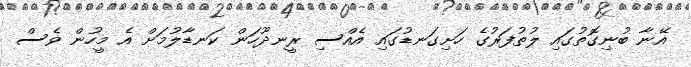
އޭނާ ބުނިގޮތުގައި ލުތުފަރުގެ ހަށިގަނޑުގައި އެއްސި ރީނދޫހަން ކަނޑާލުމަށް އެ މީހުން ވެސް